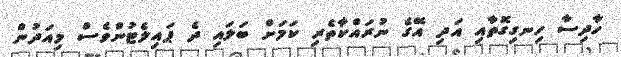
ހާދިސާ ހިނގިގޮތާއި އަދި އޭގެ ނުރައްކާތެރި ކަމަށް ބަލައި ދެ ޕައިލެޓުންވެސް މިއަދުން